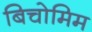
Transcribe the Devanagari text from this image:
बिचोमिम